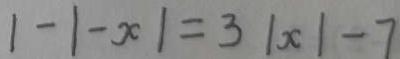
1 - \vert - x \vert = 3 \vert x \vert - 7